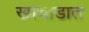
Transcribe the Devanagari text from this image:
खाचाडात